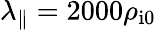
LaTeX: \lambda_{\parallel}=2000\rho_{\mathrm{i0}}